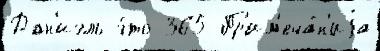
Дан'иэль э́то 365 Пр'им'еча́н'иjа